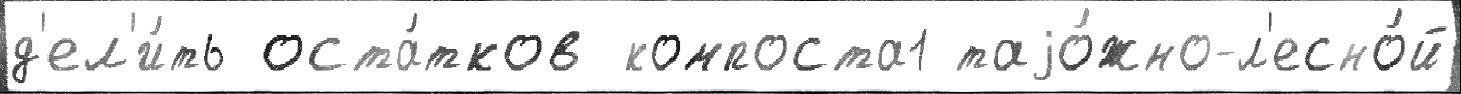
д'ел'и́ть оста́тков компоста1 таjо́жно-л'есно́й